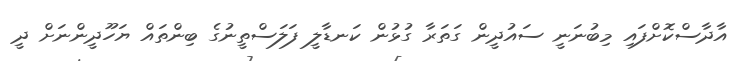
އާދާސްކޮށްފައި މިބުނަނީ ސައުދީން ގަތަރާ ގުޅުން ކަނޑާލީ ފަލަސްތީނުގެ ބިންތައް ޔަހޫދީންނަށް ދީ